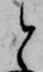
と